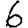
Digit: 6